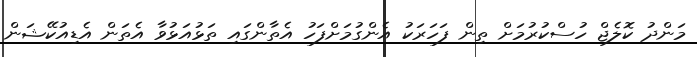
މަންދު ކޮލެޖް ހުސްކުރުމަށް ތިން ފަހަރަކު އެންގުމަށްފަހު އެތާންގައި ތަޅުއަޅުވާ އެތަން އެޑިއުކޭޝަން